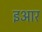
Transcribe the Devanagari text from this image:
इआर